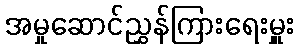
အမှုဆောင်ညွှန်ကြားရေးမှူး